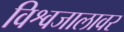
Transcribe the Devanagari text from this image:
विश्वजालावर